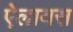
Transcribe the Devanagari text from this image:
ऐलायस